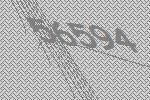
56594